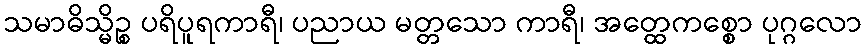
သမာဓိသ္မိဉ္စ ပရိပူရကာရီ၊ ပညာယ မတ္တသော ကာရီ၊ အတ္ထေကစ္စော ပုဂ္ဂလော